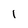
Character: l